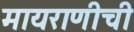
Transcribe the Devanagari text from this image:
मायराणीची